Report of the Municipal Commissioner on the plague in Bombay for the year ending 31st May... - Volume 2
Disease focus: Plague
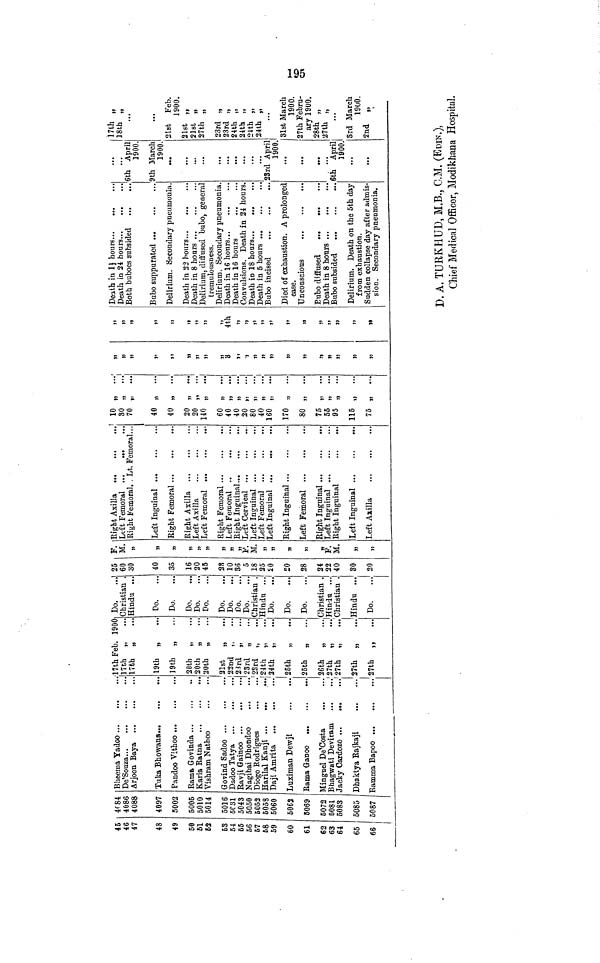
195
45
1ft 4'
47
48
49
50
51
£2
63
64
65
56
57
68
59
60
61
62
63
64
65
66
4C84
AftQG •tUo 1
4088
4097
5002
5005
50H
5014
5016
5C31
5043
5050
5052
5058
5060
5063
5069
5072
5081
5083
5085
o087
Bheema Yadoo ...
Arjoon Bay a ...
Tuka Bhowana...
Pandoo Vithoo ...
Rama Govinda ...
Kavia Ratna ...
Yishram Natboo
Govind Sadoo ...
Dadoo Tatya
Ravji Gainoo ...
Nagibai Dbondoo
Diogo Rodrigues
Efarilal Kanji ...
Daji Amrita ...
liuximan Dewji
Eama Gauoo ...
Kinguel De^osta
•hagwati Deviram
acky Cardozo ...
Dhaktya Bajkaji
vamma Bapoo ...
«..
...
...
...
...
...
...
...
...
...
...
...
•t.
...
...
...
...
...
...
...
...
...
... i
i
1
'i
...'
i
"j
I
J
•17th Feb. 190C
17th „
17th „
19th „
19th „
20th „
20th „
20th „
21st
„
...
22nd ,,
23rd „
...
23rd „
...
23rd „
...
24th „
...
24th „
25th „
26th „
26th „
...
27th ,,
27th „
...
27th „
27th „
...
Do.
Christian
Hindu ...
Do.
Do.
Do.
Do.
Do.
Do.
Do.
Do.
Do.
Christian .
Hindu ...
Do.
Do.
Do.
Christian .
Hindu ...
Christian .
Hindu ...
Do.
25
60
30
40
35
16
20
45
2S
10
36
5
18
25
£0
20
28
24
22
40
30
20
F.
M.
»
n
»
n
„
»
»
F.
M.
»
»
si
»
»
P.
M.
»
»
Right Axilla ...
Left Femoral ...
...'
Right Femoral. . Lt. Femoral...
Left Inguinal ...
Right Femoral ...
Right Axilla ...
Left Axilla
Left Femoral ...
Right Femoral ...
Left Fenaoral ..
flight Inguinal...
[Jeft Cervical ...
Li eft Inguinal ...
Jeft Femoral ...
Jeft Inguinal ...
Sight Inguinal ...
Left Femoral ...
light Inguinal ...
jeft Inguinal ...
Right Inguinal
Left Inguinal ...
Left Axilla
...
...
...
.» .
...
...
...
...
...
...
...
...
...
...
...
...
...
...
...
...
...
...
...
...
...
...
...
...
...
...
...
...
...
•t.
...
10
80
70
40
40
20
20
140
60
40
40
20
80
40
160
170
80
75
55
95
115
75
i)
is
i)
»
n
»
,,
»
))
»
»
»
»
»
»
j)
))
n
»
»
...
...
...
#••
• •*
...
...
-
..
i 1
"
...
...
...
...
...
...
...
}i
»
n
)»
>i
»
)i
5)
3
ji
•>
n
»
n
»
n
n
j)
»
»
»
ij
»
»
V
i)
>»
))
57
7)
4th
j>
»
>>
»
»»
j>
»
J>
jy
l>
))
>»
Death in 24 hours
Both buboes subsided
(
Bubo suppurated
S
Delirium. Secondary pneumonia.
Death in 8 hoars
Delirium, diffused bubo, general
tremulousness.
Delirium. Secondary pneumonia.
Dezith in 16 hours
Death in 16 hours
Convulsions. Death in 24 hours.
Bubo incised
$
Died of exhaustion. A prolonged
case.
Bubo subsided
i
Delirium. Death on the 5th day
*FlV"l ttl *»vTl fl.ll ctl ATI
J. 1 U til tJ A UnlioulUU.
Sudden collapse day after admis-
sion. Secondary pneDmonia.
Ith April
1900.
th March
1 A An
1»U0.
...
...
...
!3rd April
1 i\ A A
1SOO.
th Aprill
T OAA 1
laoo. 1
...
17th „
18th
J 01/11
„
21st Feb.
1900.
21st „
21st „ tt
27th „
23rd „
23rd „
24th „
24th „
24th „
24th „
...
31st March
1900.
27th Febru-
__»y- "I A l l A
ary lyuu.
28th „
27th „
...
Srd March
lO/iO *. VVVf
2nd „
D. A. TUBKHUD, M.B., C.M. (Eon*.),
Chief Medical Officer, Modikhana Hospital.